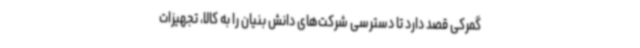
گمرکی قصد دارد تا دسترسی شرکت‌های دانش بنیان را به کالا، تجهیزات